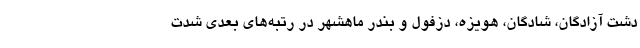
دشت آزادگان، شادگان، هویزه، دزفول و بندر ماهشهر در رتبه‌های بعدی شدت